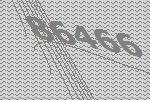
86466